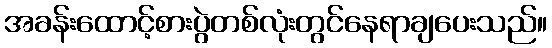
အခန်းထောင့်စားပွဲတစ်လုံးတွင်နေရာချပေးသည်။